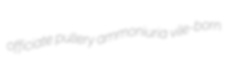
officiate pullery ammoniuria vile-born